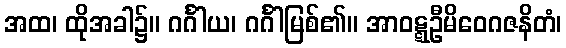
အထ၊ ထိုအခါ၌။ ဂင်္ဂါယ၊ ဂင်္ဂါမြစ်၏။ အာဝဋ္ဋဦမိဝေဂဇနိတံ၊